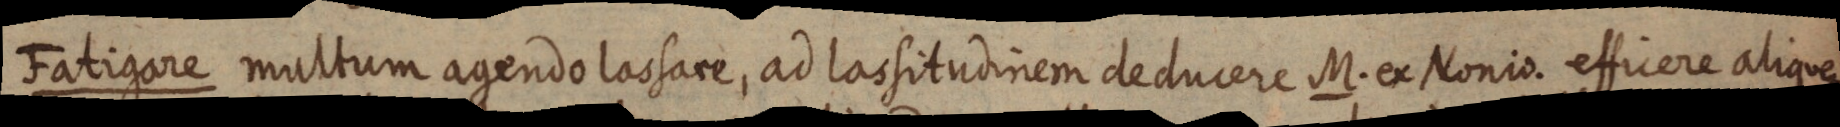
Fatigare multum agendo lossare, ad lassitudinem deducere M. ex Nonio. efficere aliquem